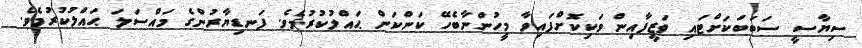
ސިޔާސީ ސަބަބަކަށްޓައި ވަޒީފާއިން ވަކިކޮށްފައިވާ މީހުންނާބެހޭ ކަންކަން ޙައްލުކުރުމެވެ. ފަނޑިޔާރުންގެ މައްސަލަ ޙައްލުކުރުމެވެ.